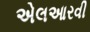
એલઆરવી